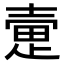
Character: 𫯃